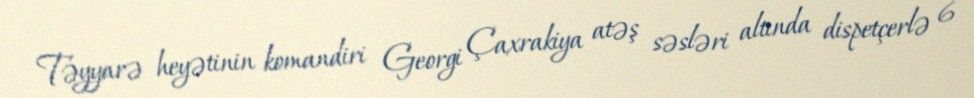
Təyyarə heyətinin komandiri Georgi Çaxrakiya atəş səsləri altında dispetçerlə 6